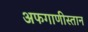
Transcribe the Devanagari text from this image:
अफगाणीस्तान